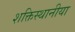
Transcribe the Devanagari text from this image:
शक्तिस्थानीया